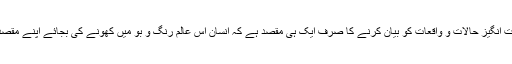
ان ہوش ربا اور عبرت انگیز حالات و واقعات کو بیان کرنے کا صرف ایک ہی مقصد ہے کہ انسان اس عالمِ رنگ و بو میں کھونے کی بجائے اپنے مقصدِ حیات پر توجہ دے۔